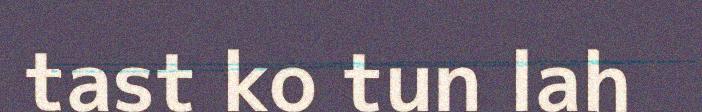
tast ko tun lah